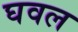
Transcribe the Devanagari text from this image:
घवल